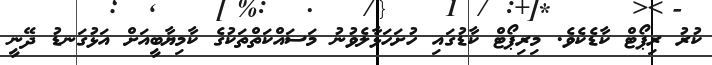
ކުރު ރިޕޯޓް ކާޑެކެވެ. މިރިޕޯޓް ކާޑުގައި ހުށަހަޅާލެވުނު މަސައްކަތްތަކުގެ ކާމިޔާބީއަށް އަޅުގަނޑު ދޭނީ